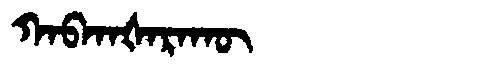
Manchu: ᡴᠠᠪᡴᠠᡧᠠᡵᠠᡴᡡ
Romanization: KABKAŠARAKŪ